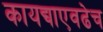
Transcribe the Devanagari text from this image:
कायद्याएवढेच